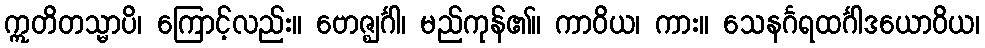
ဣတိတသ္မာပိ၊ ကြောင့်လည်း။ ဗောဇ္ဈင်္ဂါ၊ မည်ကုန်၏။ ကာဝိယ၊ ကား။ သေနင်္ဂရထင်္ဂါဒယောဝိယ၊